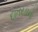
દાતરડાનો